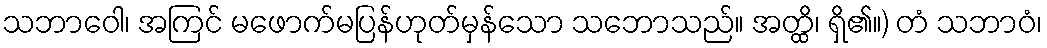
သဘာဝေါ၊ အကြင် မဖောက်မပြန်ဟုတ်မှန်သော သဘောသည်။ အတ္ထိ၊ ရှိ၏။) တံ သဘာဝံ၊